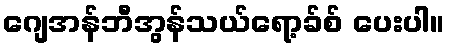
ဂျေအန်ဘီအွန်သယ်ရော့ခ်စ် ပေးပါ။